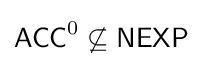
{\mathsf {ACC}}^{0}\not \subseteq {\mathsf {NEXP}}